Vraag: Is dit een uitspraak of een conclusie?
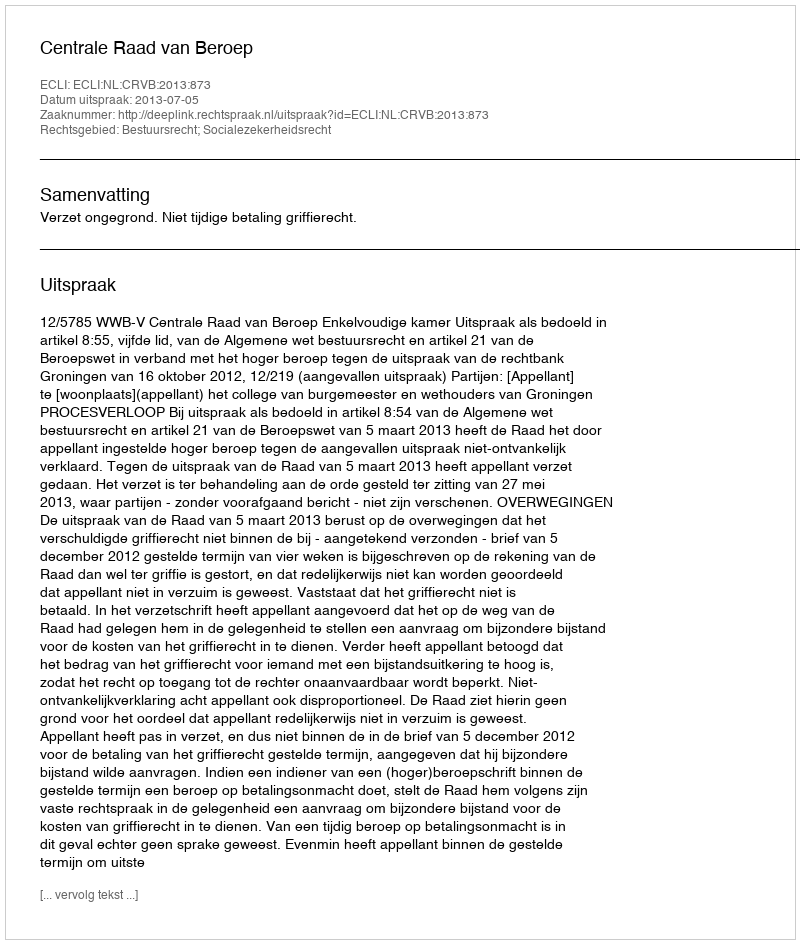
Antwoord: Uitspraak